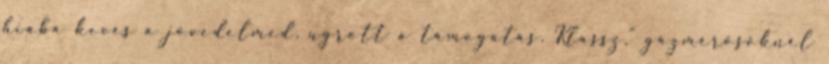
hiába kevés a jövedelmed, ugrott a támogatás. Klassz.” gázmérősöknél